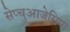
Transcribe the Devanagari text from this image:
सेप्चुआजेसिमा